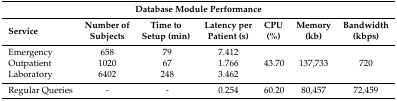
| <COLSPAN=7> Database Module Performance |
 | Service | Number of Subjects | Time to Setup (min) | Latency per Patient (s) | CPU (%) | Memory (kb) | Bandwidth (kbps) |
 | --- | --- | --- | --- | --- | --- | --- |
 | Emergency | 658 | 79 | 7.412 | <ROWSPAN=3> 43.70 | <ROWSPAN=3> 137,733 | <ROWSPAN=3> 720 |
 | Outpatient | 1020 | 67 | 1.766 |
 | Laboratory | 6402 | 248 | 3.462 |
 | Regular Queries | - | - | 0.254 | 60.20 | 80,457 | 72,459 |